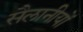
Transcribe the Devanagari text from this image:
सैलानीयों